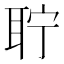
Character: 聍